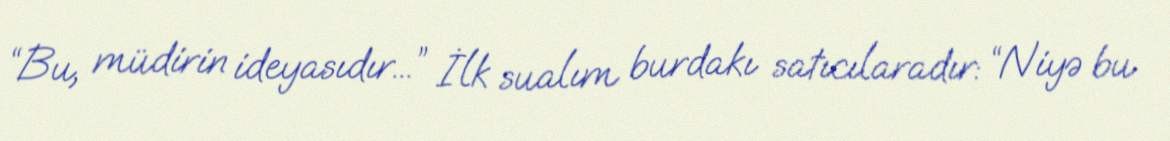
“Bu, müdirin ideyasıdır...” İlk sualım burdakı satıcılaradır: “Niyə bu